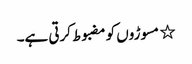
٭ مسوڑوں کو مضبوط کرتی ہے۔